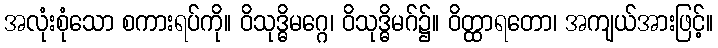
အလုံးစုံသော စကားရပ်ကို။ ဝိသုဒ္ဓိမဂ္ဂေ၊ ဝိသုဒ္ဓိမဂ်၌။ ဝိတ္ထာရတော၊ အကျယ်အားဖြင့်။